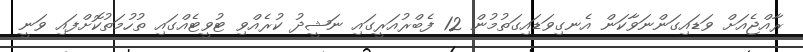
ރާއްޖެއަށް ވަޑައިގަންނަވާކަން އެނގިވަޑައިގަތުމުން 12 ފެބްރުއަރީގައި ނަޝީދު ކުރެއްވި ޓުވީޓެއްގައި ތުހުމަތުކޮށްފައި ވަނީ